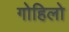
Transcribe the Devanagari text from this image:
गोहिलो